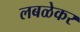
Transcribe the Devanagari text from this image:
लबळेकर